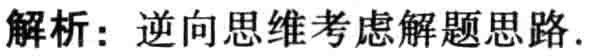
解析：逆向思维考虑解题思路.